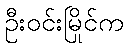
ဦးဝင်းမြိုင်က